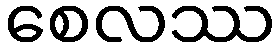
စေလဿ